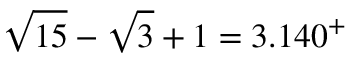
{ \sqrt { 1 5 } } - { \sqrt { 3 } } + 1 = 3 . 1 4 0 ^ { + }